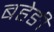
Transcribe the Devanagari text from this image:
बहेङी